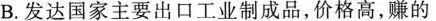
B.发达国家主要出口工业制成品，价格高，赚的